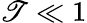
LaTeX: \mathscr{T}\ll1